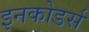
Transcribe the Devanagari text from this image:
इनकोडर्स